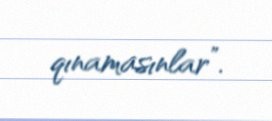
qınamasınlar”.